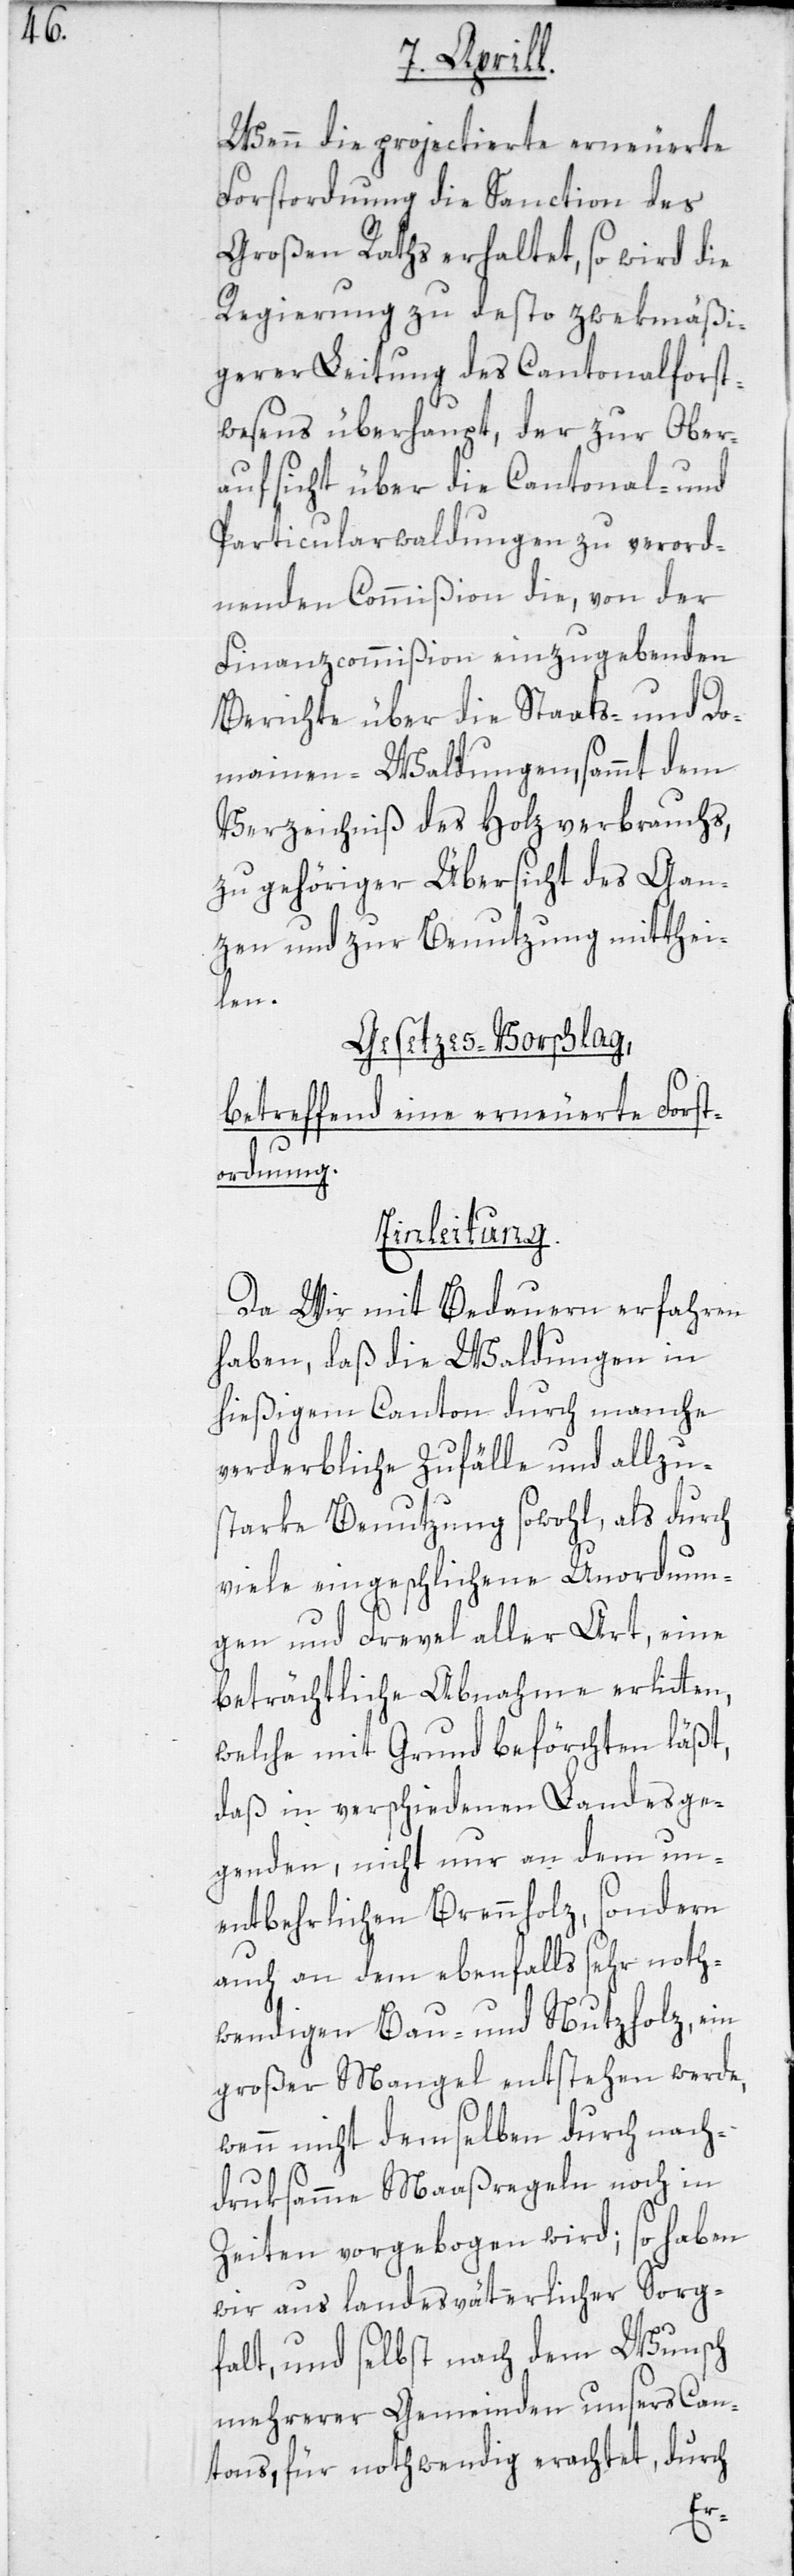
Wenn die projectierte erneuerte
Forstordnung die Sanction des
Großen Raths erhaltet, so wird die
Regierung zu desto zwekmäßi¬
gerer Leitung des Cantonalforst¬
wesens überhaupt, der zur Ober¬
aufsicht über die Cantonal- und
Particularwaldungen zu verord¬
nenden Commißion die, von der
Finanzcommißion einzugebenden
Berichte über die Staats- und Do¬
mainen-Waldungen, sammt dem
Verzeichniß des Holzverbrauchs,
zu gehöriger Übersicht des Gan¬
zen und zur Benutzung mitthei¬
len.
Gesetzes-Vorschlag,
betreffend eine erneuerte Forst¬
ordnung.
Einleitung.
Da Wir mit Bedauern erfahren
haben, daß die Waldungen in
hießigem Canton durch manche
verderbliche Zufälle und allzu¬
starke Benutzung sowohl, als durch
viele eingeschlichene Unordnun¬
gen und Frevel aller Art, eine
beträchtliche Abnahme erlitten,
welche mit Grund beförchten läßt,
daß in verschiedenen Landesge¬
genden, nicht nur an dem un¬
entbehrlichen Brennholz, sondern
auch an dem ebenfalls sehr noth¬
wendigen Bau- und Nutzholz, ein
großer Mangel entstehen werde,
wenn nicht demselben durch nach¬
druksamme Maaßregeln noch in
Zeiten vorgebogen wird; so haben
wir aus landesväterlicher Sorg¬
falt, und selbst nach dem Wunsch
mehrerer Gemeinden unsers Can¬
tons, für nothwendig erachtet, durch